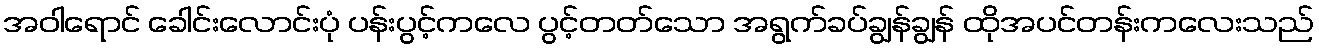
အဝါရောင် ခေါင်းလောင်းပုံ ပန်းပွင့်ကလေ ပွင့်တတ်သော အရွက်ခပ်ချွန်ချွန် ထိုအပင်တန်းကလေးသည်